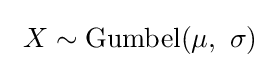
\ X\sim {\textrm {Gumbel}}(\mu ,\ \sigma )\